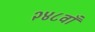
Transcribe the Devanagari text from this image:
२४८वाँ